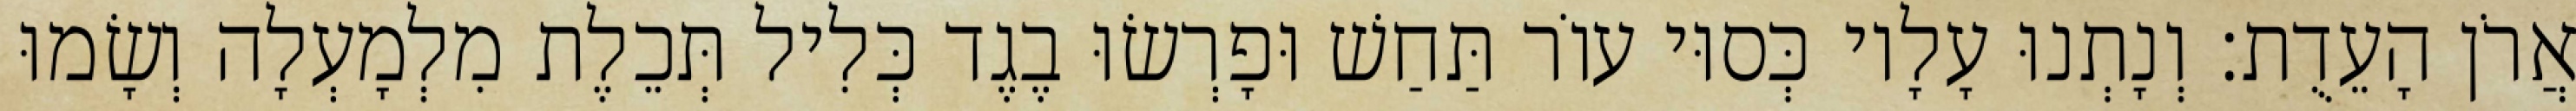
אֲרֹן הָעֵדֻת׃ וְנָתְנוּ עָלָיו כְּסוּי עוֹר תַּחַשׁ וּפָרְשׂוּ בֶגֶד כְּלִיל תְּכֵלֶת מִלְמָעְלָה וְשָׂמוּ